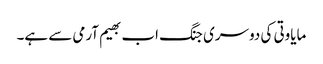
مایاوتی کی دوسری جنگ اب بھیم آرمی سے ہے۔